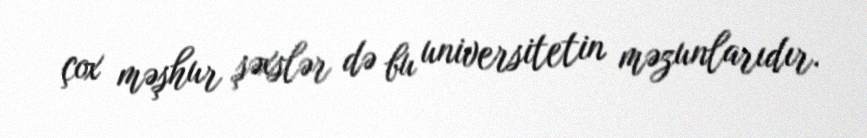
çox məşhur şəxslər də bu universitetin məzunlarıdır.